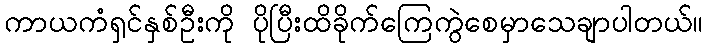
ကာယကံရှင်နှစ်ဦးကို ပိုပြီးထိခိုက်ကြေကွဲစေမှာသေချာပါတယ်။